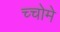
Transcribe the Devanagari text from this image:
च्चोमे